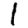
Digit: 1